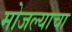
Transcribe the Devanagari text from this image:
मोजल्याचा